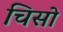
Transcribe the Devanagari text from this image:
चिसो